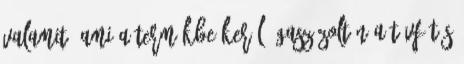
valamit, ami a termékbe kerül. GASZ Zoltán A távfûtés